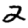
Digit: 2